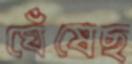
ঘেঁষেছ